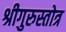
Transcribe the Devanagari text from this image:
श्रीगुरुस्तोत्र